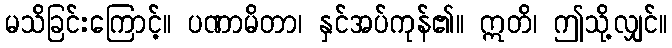
မသိခြင်းကြောင့်။ ပဏာမိတာ၊ နှင်အပ်ကုန်၏။ ဣတိ၊ ဤသို့လျှင်။